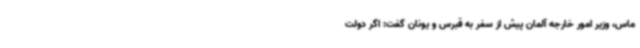
ماس، وزیر امور خارجه آلمان پیش از سفر به قبرس و یونان گفت: اگر دولت